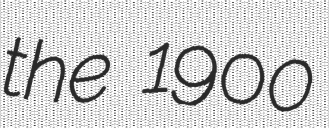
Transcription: the 1900